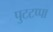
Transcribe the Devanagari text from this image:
पुटटप्पा